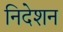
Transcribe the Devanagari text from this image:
निदेशन